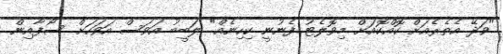
"ވަދޭ އެތެރެއަށް ކޮއްކޮއަށް މިވޮލެޓު ފެނުނީ ކިހިނެއް" ލަބީބު އަވަސް އަވަހަށް ސޯފާއިން